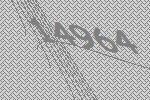
14964